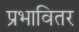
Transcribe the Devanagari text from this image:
प्रभावितर